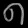
Digit: ၈